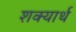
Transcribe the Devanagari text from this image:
शक्यार्थ